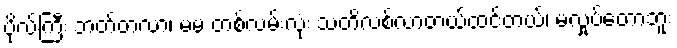
ဗိုလ်ကြီး ဘတ်တလာ၊ မမ တစ်လမ်းလုံး သတိလစ်လာတယ်ထင်တယ်၊ မလှုပ်တော့ဘူး